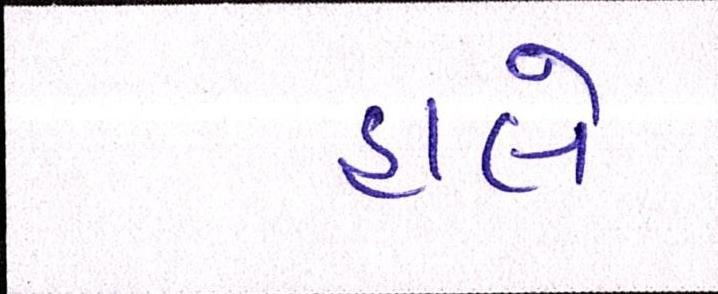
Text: હાલે